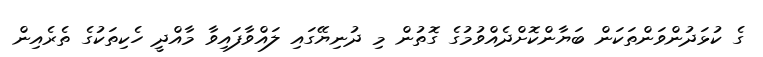
ގެ ކުޅަދުންވަންތަކަން ބަޔާންކޮށްދެއްވުމުގެ ގޮތުން މި ދުނިޔޭގައި ލައްވާފައިވާ މާއްދީ ހެކިތަކުގެ ތެރެއިން